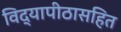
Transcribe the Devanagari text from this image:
विद्यापीठासहित